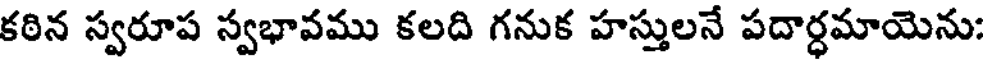
కఠిన స్వరూప స్వభావము కలది గనుక హస్తులనే పదార్ధమాయెను: